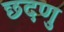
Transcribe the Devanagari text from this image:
छदणु